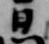
日